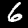
Label: 6